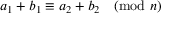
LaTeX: a _ { 1 } + b _ { 1 } \equiv a _ { 2 } + b _ { 2 } { \pmod { n } }